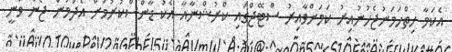
އެކަމާ ހިތްހަމަނުޖެހުނުއިރު ކަމަށްވާއިރު ސްޓޭޖްގައި ކްރުޝްނާއާ އެކު ޑާންސްކުރުމަށް އެދުމުން ޖޯން ވަނީ